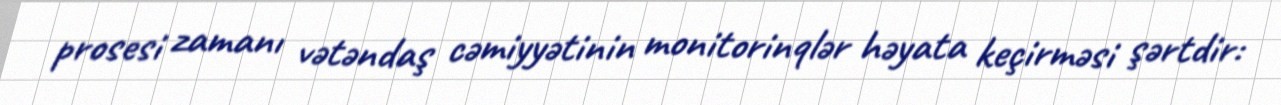
prosesi zamanı vətəndaş cəmiyyətinin monitorinqlər həyata keçirməsi şərtdir: